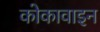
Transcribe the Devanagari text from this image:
कोकावाइन